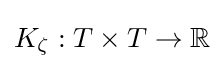
K_{\zeta }:T\times T\to \mathbb {R}